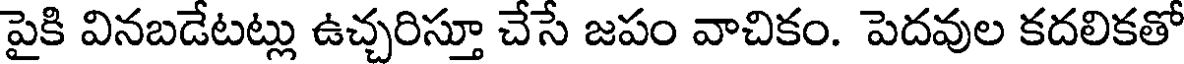
పైకి వినబడేటట్లు ఉచ్చరిస్తూ చేసే జపం వాచికం. పెదవుల కదలికతో